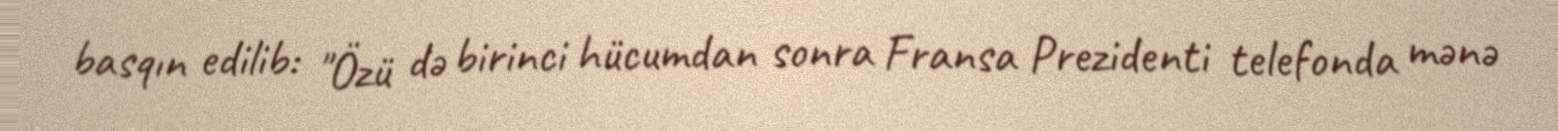
basqın edilib: "Özü də birinci hücumdan sonra Fransa Prezidenti telefonda mənə